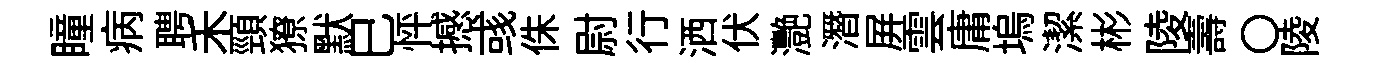
瞳病聘禾頸獠默巳怦撼彧侏尉行洒伏灧潛屛雲庸塢潔彬陵壽〇陵